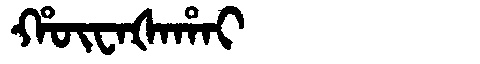
Manchu: ᡥᡡᠸᠠᡧᠠᡥᠠᡳ
Romanization: HŪWAŠAHAI